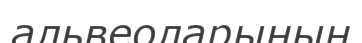
альвеоларының